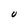
Character: U